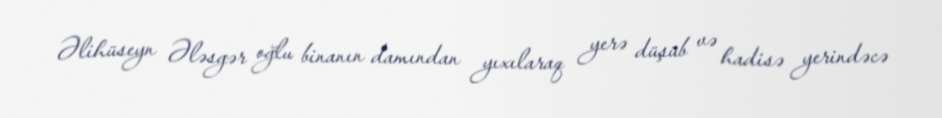
Əlihüseyn Ələsgər oğlu binanın damından yıxılaraq yerə düşüb və hadisə yerindəcə